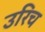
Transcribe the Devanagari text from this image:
उरिच